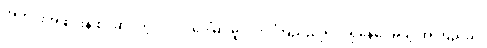
အတင်းအဖျင်းနဲ့ စပ်ဆိုင်တဲ့ ပုဂ္ဂိုလ်ပေါ်မှာ မူလက ကြည်ညိုရင်း ရှိနေပေမယ့် အကြည်ညို